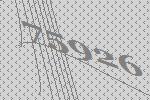
75926